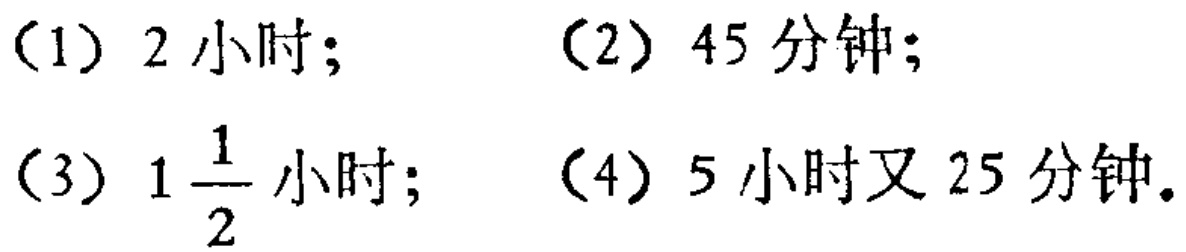
（1）2小时；（2）45分钟；（3）$1\frac{1}{2}$小时；（4）5小时又25分钟。